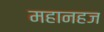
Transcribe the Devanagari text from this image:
महानहज